Civil Veterinary Department. United Provinces 1932-42 - 1932-1942
Year: 1932
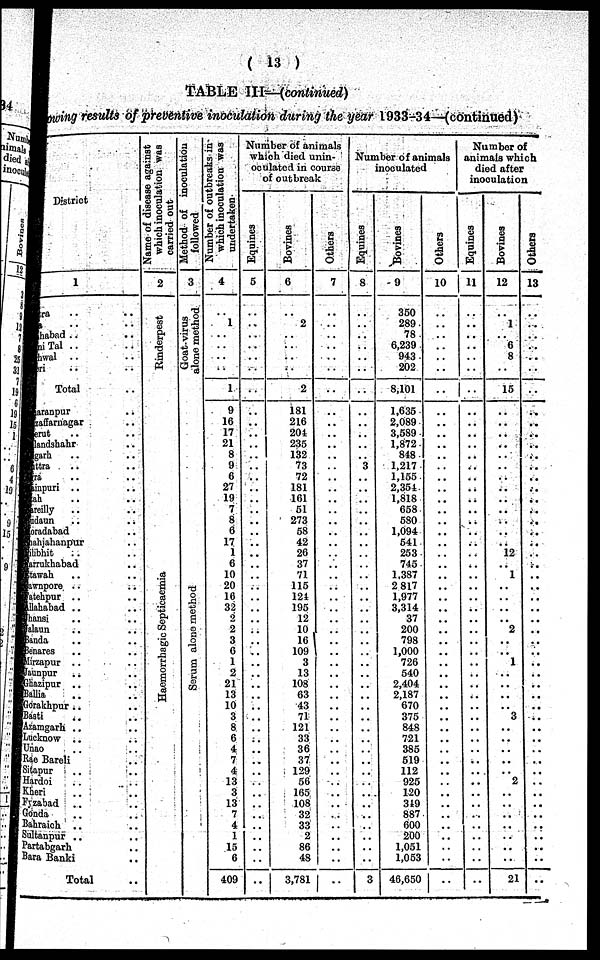
( 13 )
TABLE III—(continued)
Showing results of preventive inoculation during the year 1933-34—(continued)
District
1
Muttra .. ..
Agra .. ..
Moradabad .. ..
Naini Tal ..
Garhwal .. ..
Kheri .. ..
Total
Saranpur .. ..
Muzaffarnagar ..
Meerut .. ..
Bulandshahr ..
Aligarh .. ..
Muttra .. ..
Agra .. ..
Mainpuri .. ..
Etah .. ..
Bareilly .. ..
Budaun .. ..
Moradabad .. ..
Shajahanpur ..
Pilibhit .. ..
Farrukhabad .. ..
Etawah .. ..
Cawnpore .. ..
Fatehpur .. ..
Allahabad .. ..
Jhansi .. ..
Jalaun .. ..
Banda .. ..
Benares .. ..
Mirzapur .. ..
Jaunpur .. ..
Ghazipur .. ..
Ballia .. ..
Gorakhpur .. ..
Basti .. ..
Azamgarh .. ..
Lucknow .. ..
Unao .. ..
Rae Bareli .. ..
Sitapur .. ..
Hardoi ..
Kheri .. ..
Fyzabad .. ..
Gonda .. ..
Bahraich .. ..
Sultanpur .. ..
Partabgarh ..
Bara Banki ..
Total ..
Name of disease against
which inoculation was
carried out
2
Rinderpest
Ha e mor r
ha gic Septicaemia
Method of inoculation
followed
3
Goat-virus
alone method
Se r
um alone method
Number of outbreaks in
which inoculation was
undertaken
4
..
1
..
..
..
..
1
9
16
17
21
8
9
6
27
19
7
8
6
17
1
6
10
20
16
32
2
2
3
6
1
2
21
13
10
3
8
6
4
7
4
13
3
13
7
4
1
15
6
409
Number of animals
which died unin-
oculated in course
of outbreak
Equines
5
..
..
..
..
..
..
..
..
..
..
..
..
..
..
..
..
..
..
..
..
..
..
..
..
..
..
..
..
..
..
..
..
..
..
..
..
..
..
..
..
..
..
..
..
..
..
..
..
..
..
Bovines
6
..
2
..
..
..
..
2
181
216
204
235
132
73
72
181
161
51
273
58
42
26
37
71
115
124
195
12
10
16
109
3
13
108
63
43
71
121
33
36
37
129
56
165
108
32
33
2
86
48
3,781
Others
7
..
..
..
..
..
..
..
..
..
..
..
..
..
..
..
..
..
..
..
..
..
..
..
..
..
..
..
..
..
..
..
..
..
..
..
..
..
..
..
..
..
..
..
..
..
..
..
..
..
..
Number of animals
inoculated
Equines
8
..
..
..
..
..
..
..
..
..
..
..
..
3
..
..
..
..
..
..
..
..
..
..
..
..
..
..
..
..
..
..
..
..
..
..
..
..
..
..
..
..
..
..
..
..
..
..
..
....
3
Bovines
9
350
289
78
6,239
943
202
8,101
1,635
2,089
3,589
1,872
848
1,217
1,155
2,354
1,818
658
580
1,094
541
253
745
1,387
2,817
1,977
3,314
37
200
798
1,000
726
540
2,404
2,187
670
375
848
721
385
619
112
925
120
349
887
600
200
1,051
1,053
46,650
Others
10
..
..
..
..
..
..
..
..
..
..
..
..
..
..
..
..
..
..
..
..
..
..
..
..
..
..
..
..
..
..
..
..
..
..
..
..
..
..
..
..
..
..
..
..
..
..
..
..
..
..
Number of
animals which
died after
inoculation
Equines
11
..
..
..
..
..
..
..
..
..
..
..
..
..
..
..
..
..
..
..
..
..
..
..
..
..
..
..
..
..
..
..
..
..
..
..
..
..
..
..
..
..
..
..
..
..
..
..
..
..
..
Bovines
12
..
1
..
6
8
..
15
..
..
..
..
..
..
..
..
..
..
..
..
..
12
..
1
..
..
..
..
2
..
..
1
..
..
..
..
3
..
..
..
..
..
2
..
..
..
..
..
..
..
21
Others
13
..
..
..
..
..
..
..
..
..
..
..
..
..
..
..
..
..
..
..
..
..
..
..
..
..
..
..
..
..
..
..
..
..
..
..
..
..
..
..
..
..
..
..
..
..
..
..
..
..
..